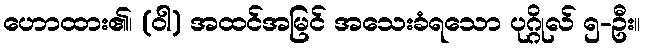
ဟောထား၏၊ (ဝါ) အထင်အမြင် အသေးခံရသော ပုဂ္ဂိုလ် ၅-ဦး။